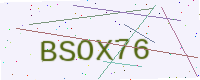
Text: BSOX76